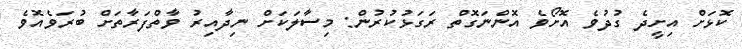
ކޮޅަށް އިށީދެ ގުދުވެ އޮށޯވެ އޮންނަގޮތް ރަގަޅުކުރުން: މިސާލަކަށް ނިދާއިރު ވާތްފަރާތަށް ބުރަވެއޮވެ